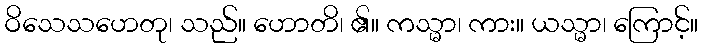
ဝိသေသဟေတု၊ သည်။ ဟောတိ၊ ၏။ ကသ္မာ၊ ကား။ ယသ္မာ၊ ကြောင့်။